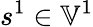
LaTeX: s^{1}\in\mathbb{V}^{1}